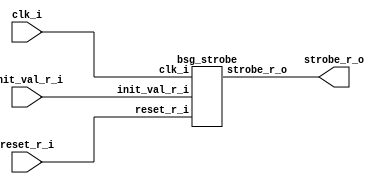
// This program was cloned from: https://github.com/chipsalliance/synlig
// License: Apache License 2.0



module top
(
  clk_i,
  reset_r_i,
  init_val_r_i,
  strobe_r_o
);

  input [15:0] init_val_r_i;
  input clk_i;
  input reset_r_i;
  output strobe_r_o;

  bsg_strobe
  wrapper
  (
    .init_val_r_i(init_val_r_i),
    .clk_i(clk_i),
    .reset_r_i(reset_r_i),
    .strobe_r_o(strobe_r_o)
  );


endmodule



module bsg_dff_width_p15_harden_p0_strength_p2
(
  clk_i,
  data_i,
  data_o
);

  input [14:0] data_i;
  output [14:0] data_o;
  input clk_i;
  wire [14:0] data_o;
  reg data_o_14_sv2v_reg,data_o_13_sv2v_reg,data_o_12_sv2v_reg,data_o_11_sv2v_reg,
  data_o_10_sv2v_reg,data_o_9_sv2v_reg,data_o_8_sv2v_reg,data_o_7_sv2v_reg,
  data_o_6_sv2v_reg,data_o_5_sv2v_reg,data_o_4_sv2v_reg,data_o_3_sv2v_reg,data_o_2_sv2v_reg,
  data_o_1_sv2v_reg,data_o_0_sv2v_reg;
  assign data_o[14] = data_o_14_sv2v_reg;
  assign data_o[13] = data_o_13_sv2v_reg;
  assign data_o[12] = data_o_12_sv2v_reg;
  assign data_o[11] = data_o_11_sv2v_reg;
  assign data_o[10] = data_o_10_sv2v_reg;
  assign data_o[9] = data_o_9_sv2v_reg;
  assign data_o[8] = data_o_8_sv2v_reg;
  assign data_o[7] = data_o_7_sv2v_reg;
  assign data_o[6] = data_o_6_sv2v_reg;
  assign data_o[5] = data_o_5_sv2v_reg;
  assign data_o[4] = data_o_4_sv2v_reg;
  assign data_o[3] = data_o_3_sv2v_reg;
  assign data_o[2] = data_o_2_sv2v_reg;
  assign data_o[1] = data_o_1_sv2v_reg;
  assign data_o[0] = data_o_0_sv2v_reg;

  always @(posedge clk_i) begin
    if(1'b1) begin
      data_o_14_sv2v_reg <= data_i[14];
      data_o_13_sv2v_reg <= data_i[13];
      data_o_12_sv2v_reg <= data_i[12];
      data_o_11_sv2v_reg <= data_i[11];
      data_o_10_sv2v_reg <= data_i[10];
      data_o_9_sv2v_reg <= data_i[9];
      data_o_8_sv2v_reg <= data_i[8];
      data_o_7_sv2v_reg <= data_i[7];
      data_o_6_sv2v_reg <= data_i[6];
      data_o_5_sv2v_reg <= data_i[5];
      data_o_4_sv2v_reg <= data_i[4];
      data_o_3_sv2v_reg <= data_i[3];
      data_o_2_sv2v_reg <= data_i[2];
      data_o_1_sv2v_reg <= data_i[1];
      data_o_0_sv2v_reg <= data_i[0];
    end 
  end


endmodule



module bsg_xnor_width_p16_harden_p1
(
  a_i,
  b_i,
  o
);

  input [15:0] a_i;
  input [15:0] b_i;
  output [15:0] o;
  wire [15:0] o;
  wire N0,N1,N2,N3,N4,N5,N6,N7,N8,N9,N10,N11,N12,N13,N14,N15;
  assign o[15] = ~N0;
  assign N0 = a_i[15] ^ b_i[15];
  assign o[14] = ~N1;
  assign N1 = a_i[14] ^ b_i[14];
  assign o[13] = ~N2;
  assign N2 = a_i[13] ^ b_i[13];
  assign o[12] = ~N3;
  assign N3 = a_i[12] ^ b_i[12];
  assign o[11] = ~N4;
  assign N4 = a_i[11] ^ b_i[11];
  assign o[10] = ~N5;
  assign N5 = a_i[10] ^ b_i[10];
  assign o[9] = ~N6;
  assign N6 = a_i[9] ^ b_i[9];
  assign o[8] = ~N7;
  assign N7 = a_i[8] ^ b_i[8];
  assign o[7] = ~N8;
  assign N8 = a_i[7] ^ b_i[7];
  assign o[6] = ~N9;
  assign N9 = a_i[6] ^ b_i[6];
  assign o[5] = ~N10;
  assign N10 = a_i[5] ^ b_i[5];
  assign o[4] = ~N11;
  assign N11 = a_i[4] ^ b_i[4];
  assign o[3] = ~N12;
  assign N12 = a_i[3] ^ b_i[3];
  assign o[2] = ~N13;
  assign N13 = a_i[2] ^ b_i[2];
  assign o[1] = ~N14;
  assign N14 = a_i[1] ^ b_i[1];
  assign o[0] = ~N15;
  assign N15 = a_i[0] ^ b_i[0];

endmodule



module bsg_muxi2_gatestack_width_p16_harden_p1
(
  i0,
  i1,
  i2,
  o
);

  input [15:0] i0;
  input [15:0] i1;
  input [15:0] i2;
  output [15:0] o;
  wire [15:0] o;
  wire N0,N1,N2,N3,N4,N5,N6,N7,N8,N9,N10,N11,N12,N13,N14,N15,N16,N17,N18,N19,N20,N21,
  N22,N23,N24,N25,N26,N27,N28,N29,N30,N31,N32,N33,N34,N35,N36,N37,N38,N39,N40,N41,
  N42,N43,N44,N45,N46,N47;
  assign N17 = (N0)? i1[0] : 
               (N16)? i0[0] : 1'b0;
  assign N0 = i2[0];
  assign N19 = (N1)? i1[1] : 
               (N18)? i0[1] : 1'b0;
  assign N1 = i2[1];
  assign N21 = (N2)? i1[2] : 
               (N20)? i0[2] : 1'b0;
  assign N2 = i2[2];
  assign N23 = (N3)? i1[3] : 
               (N22)? i0[3] : 1'b0;
  assign N3 = i2[3];
  assign N25 = (N4)? i1[4] : 
               (N24)? i0[4] : 1'b0;
  assign N4 = i2[4];
  assign N27 = (N5)? i1[5] : 
               (N26)? i0[5] : 1'b0;
  assign N5 = i2[5];
  assign N29 = (N6)? i1[6] : 
               (N28)? i0[6] : 1'b0;
  assign N6 = i2[6];
  assign N31 = (N7)? i1[7] : 
               (N30)? i0[7] : 1'b0;
  assign N7 = i2[7];
  assign N33 = (N8)? i1[8] : 
               (N32)? i0[8] : 1'b0;
  assign N8 = i2[8];
  assign N35 = (N9)? i1[9] : 
               (N34)? i0[9] : 1'b0;
  assign N9 = i2[9];
  assign N37 = (N10)? i1[10] : 
               (N36)? i0[10] : 1'b0;
  assign N10 = i2[10];
  assign N39 = (N11)? i1[11] : 
               (N38)? i0[11] : 1'b0;
  assign N11 = i2[11];
  assign N41 = (N12)? i1[12] : 
               (N40)? i0[12] : 1'b0;
  assign N12 = i2[12];
  assign N43 = (N13)? i1[13] : 
               (N42)? i0[13] : 1'b0;
  assign N13 = i2[13];
  assign N45 = (N14)? i1[14] : 
               (N44)? i0[14] : 1'b0;
  assign N14 = i2[14];
  assign N47 = (N15)? i1[15] : 
               (N46)? i0[15] : 1'b0;
  assign N15 = i2[15];
  assign N16 = ~i2[0];
  assign o[0] = ~N17;
  assign N18 = ~i2[1];
  assign o[1] = ~N19;
  assign N20 = ~i2[2];
  assign o[2] = ~N21;
  assign N22 = ~i2[3];
  assign o[3] = ~N23;
  assign N24 = ~i2[4];
  assign o[4] = ~N25;
  assign N26 = ~i2[5];
  assign o[5] = ~N27;
  assign N28 = ~i2[6];
  assign o[6] = ~N29;
  assign N30 = ~i2[7];
  assign o[7] = ~N31;
  assign N32 = ~i2[8];
  assign o[8] = ~N33;
  assign N34 = ~i2[9];
  assign o[9] = ~N35;
  assign N36 = ~i2[10];
  assign o[10] = ~N37;
  assign N38 = ~i2[11];
  assign o[11] = ~N39;
  assign N40 = ~i2[12];
  assign o[12] = ~N41;
  assign N42 = ~i2[13];
  assign o[13] = ~N43;
  assign N44 = ~i2[14];
  assign o[14] = ~N45;
  assign N46 = ~i2[15];
  assign o[15] = ~N47;

endmodule



module bsg_dff_width_p16_harden_p0_strength_p4
(
  clk_i,
  data_i,
  data_o
);

  input [15:0] data_i;
  output [15:0] data_o;
  input clk_i;
  wire [15:0] data_o;
  reg data_o_15_sv2v_reg,data_o_14_sv2v_reg,data_o_13_sv2v_reg,data_o_12_sv2v_reg,
  data_o_11_sv2v_reg,data_o_10_sv2v_reg,data_o_9_sv2v_reg,data_o_8_sv2v_reg,
  data_o_7_sv2v_reg,data_o_6_sv2v_reg,data_o_5_sv2v_reg,data_o_4_sv2v_reg,data_o_3_sv2v_reg,
  data_o_2_sv2v_reg,data_o_1_sv2v_reg,data_o_0_sv2v_reg;
  assign data_o[15] = data_o_15_sv2v_reg;
  assign data_o[14] = data_o_14_sv2v_reg;
  assign data_o[13] = data_o_13_sv2v_reg;
  assign data_o[12] = data_o_12_sv2v_reg;
  assign data_o[11] = data_o_11_sv2v_reg;
  assign data_o[10] = data_o_10_sv2v_reg;
  assign data_o[9] = data_o_9_sv2v_reg;
  assign data_o[8] = data_o_8_sv2v_reg;
  assign data_o[7] = data_o_7_sv2v_reg;
  assign data_o[6] = data_o_6_sv2v_reg;
  assign data_o[5] = data_o_5_sv2v_reg;
  assign data_o[4] = data_o_4_sv2v_reg;
  assign data_o[3] = data_o_3_sv2v_reg;
  assign data_o[2] = data_o_2_sv2v_reg;
  assign data_o[1] = data_o_1_sv2v_reg;
  assign data_o[0] = data_o_0_sv2v_reg;

  always @(posedge clk_i) begin
    if(1'b1) begin
      data_o_15_sv2v_reg <= data_i[15];
      data_o_14_sv2v_reg <= data_i[14];
      data_o_13_sv2v_reg <= data_i[13];
      data_o_12_sv2v_reg <= data_i[12];
      data_o_11_sv2v_reg <= data_i[11];
      data_o_10_sv2v_reg <= data_i[10];
      data_o_9_sv2v_reg <= data_i[9];
      data_o_8_sv2v_reg <= data_i[8];
      data_o_7_sv2v_reg <= data_i[7];
      data_o_6_sv2v_reg <= data_i[6];
      data_o_5_sv2v_reg <= data_i[5];
      data_o_4_sv2v_reg <= data_i[4];
      data_o_3_sv2v_reg <= data_i[3];
      data_o_2_sv2v_reg <= data_i[2];
      data_o_1_sv2v_reg <= data_i[1];
      data_o_0_sv2v_reg <= data_i[0];
    end 
  end


endmodule



module bsg_nand_width_p16_harden_p1
(
  a_i,
  b_i,
  o
);

  input [15:0] a_i;
  input [15:0] b_i;
  output [15:0] o;
  wire [15:0] o;
  wire N0,N1,N2,N3,N4,N5,N6,N7,N8,N9,N10,N11,N12,N13,N14,N15;
  assign o[15] = ~N0;
  assign N0 = a_i[15] & b_i[15];
  assign o[14] = ~N1;
  assign N1 = a_i[14] & b_i[14];
  assign o[13] = ~N2;
  assign N2 = a_i[13] & b_i[13];
  assign o[12] = ~N3;
  assign N3 = a_i[12] & b_i[12];
  assign o[11] = ~N4;
  assign N4 = a_i[11] & b_i[11];
  assign o[10] = ~N5;
  assign N5 = a_i[10] & b_i[10];
  assign o[9] = ~N6;
  assign N6 = a_i[9] & b_i[9];
  assign o[8] = ~N7;
  assign N7 = a_i[8] & b_i[8];
  assign o[7] = ~N8;
  assign N8 = a_i[7] & b_i[7];
  assign o[6] = ~N9;
  assign N9 = a_i[6] & b_i[6];
  assign o[5] = ~N10;
  assign N10 = a_i[5] & b_i[5];
  assign o[4] = ~N11;
  assign N11 = a_i[4] & b_i[4];
  assign o[3] = ~N12;
  assign N12 = a_i[3] & b_i[3];
  assign o[2] = ~N13;
  assign N13 = a_i[2] & b_i[2];
  assign o[1] = ~N14;
  assign N14 = a_i[1] & b_i[1];
  assign o[0] = ~N15;
  assign N15 = a_i[0] & b_i[0];

endmodule



module bsg_nor3_width_p15_harden_p1
(
  a_i,
  b_i,
  c_i,
  o
);

  input [14:0] a_i;
  input [14:0] b_i;
  input [14:0] c_i;
  output [14:0] o;
  wire [14:0] o;
  wire N0,N1,N2,N3,N4,N5,N6,N7,N8,N9,N10,N11,N12,N13,N14,N15,N16,N17,N18,N19,N20,N21,
  N22,N23,N24,N25,N26,N27,N28,N29;
  assign o[14] = ~N1;
  assign N1 = N0 | c_i[14];
  assign N0 = a_i[14] | b_i[14];
  assign o[13] = ~N3;
  assign N3 = N2 | c_i[13];
  assign N2 = a_i[13] | b_i[13];
  assign o[12] = ~N5;
  assign N5 = N4 | c_i[12];
  assign N4 = a_i[12] | b_i[12];
  assign o[11] = ~N7;
  assign N7 = N6 | c_i[11];
  assign N6 = a_i[11] | b_i[11];
  assign o[10] = ~N9;
  assign N9 = N8 | c_i[10];
  assign N8 = a_i[10] | b_i[10];
  assign o[9] = ~N11;
  assign N11 = N10 | c_i[9];
  assign N10 = a_i[9] | b_i[9];
  assign o[8] = ~N13;
  assign N13 = N12 | c_i[8];
  assign N12 = a_i[8] | b_i[8];
  assign o[7] = ~N15;
  assign N15 = N14 | c_i[7];
  assign N14 = a_i[7] | b_i[7];
  assign o[6] = ~N17;
  assign N17 = N16 | c_i[6];
  assign N16 = a_i[6] | b_i[6];
  assign o[5] = ~N19;
  assign N19 = N18 | c_i[5];
  assign N18 = a_i[5] | b_i[5];
  assign o[4] = ~N21;
  assign N21 = N20 | c_i[4];
  assign N20 = a_i[4] | b_i[4];
  assign o[3] = ~N23;
  assign N23 = N22 | c_i[3];
  assign N22 = a_i[3] | b_i[3];
  assign o[2] = ~N25;
  assign N25 = N24 | c_i[2];
  assign N24 = a_i[2] | b_i[2];
  assign o[1] = ~N27;
  assign N27 = N26 | c_i[1];
  assign N26 = a_i[1] | b_i[1];
  assign o[0] = ~N29;
  assign N29 = N28 | c_i[0];
  assign N28 = a_i[0] | b_i[0];

endmodule



module bsg_reduce_width_p16_and_p1_harden_p1
(
  i,
  o
);

  input [15:0] i;
  output o;
  wire o,N0,N1,N2,N3,N4,N5,N6,N7,N8,N9,N10,N11,N12,N13;
  assign o = N13 & i[0];
  assign N13 = N12 & i[1];
  assign N12 = N11 & i[2];
  assign N11 = N10 & i[3];
  assign N10 = N9 & i[4];
  assign N9 = N8 & i[5];
  assign N8 = N7 & i[6];
  assign N7 = N6 & i[7];
  assign N6 = N5 & i[8];
  assign N5 = N4 & i[9];
  assign N4 = N3 & i[10];
  assign N3 = N2 & i[11];
  assign N2 = N1 & i[12];
  assign N1 = N0 & i[13];
  assign N0 = i[15] & i[14];

endmodule



module bsg_buf_width_p1
(
  i,
  o
);

  input [0:0] i;
  output [0:0] o;
  wire [0:0] o;
  assign o[0] = i[0];

endmodule



module bsg_strobe
(
  clk_i,
  reset_r_i,
  init_val_r_i,
  strobe_r_o
);

  input [15:0] init_val_r_i;
  input clk_i;
  input reset_r_i;
  output strobe_r_o;
  wire strobe_r_o,strobe_n,new_val,strobe_n_buf;
  wire [14:0] C_n,C_r;
  wire [15:0] S_r,S_n,S_n_n,C_n_prereset;
  reg strobe_r_o_sv2v_reg;
  assign strobe_r_o = strobe_r_o_sv2v_reg;

  bsg_dff_width_p15_harden_p0_strength_p2
  C_reg
  (
    .clk_i(clk_i),
    .data_i(C_n),
    .data_o(C_r)
  );


  bsg_xnor_width_p16_harden_p1
  xnor_S_n
  (
    .a_i(S_r),
    .b_i({ C_r, 1'b1 }),
    .o(S_n)
  );


  bsg_muxi2_gatestack_width_p16_harden_p1
  muxi2_S_n
  (
    .i0(S_n),
    .i1(init_val_r_i),
    .i2({ new_val, new_val, new_val, new_val, new_val, new_val, new_val, new_val, new_val, new_val, new_val, new_val, new_val, new_val, new_val, new_val }),
    .o(S_n_n)
  );


  bsg_dff_width_p16_harden_p0_strength_p4
  S_reg
  (
    .clk_i(clk_i),
    .data_i(S_n_n),
    .data_o(S_r)
  );


  bsg_nand_width_p16_harden_p1
  nand_C_n
  (
    .a_i(S_r),
    .b_i({ C_r, 1'b1 }),
    .o(C_n_prereset)
  );


  bsg_nor3_width_p15_harden_p1
  nor3_C_n
  (
    .a_i({ strobe_n_buf, strobe_n_buf, strobe_n_buf, strobe_n_buf, strobe_n_buf, strobe_n_buf, strobe_n_buf, strobe_n_buf, strobe_n_buf, strobe_n_buf, strobe_n_buf, strobe_n_buf, strobe_n_buf, strobe_n_buf, strobe_n_buf }),
    .b_i(C_n_prereset[14:0]),
    .c_i({ reset_r_i, reset_r_i, reset_r_i, reset_r_i, reset_r_i, reset_r_i, reset_r_i, reset_r_i, reset_r_i, reset_r_i, reset_r_i, reset_r_i, reset_r_i, reset_r_i, reset_r_i }),
    .o(C_n)
  );


  bsg_reduce_width_p16_and_p1_harden_p1
  andr
  (
    .i(S_r),
    .o(strobe_n)
  );


  bsg_buf_width_p1
  strobe_buf_gate
  (
    .i(strobe_n),
    .o(strobe_n_buf)
  );

  assign new_val = reset_r_i | strobe_n;

  always @(posedge clk_i) begin
    if(1'b1) begin
      strobe_r_o_sv2v_reg <= strobe_n_buf;
    end 
  end


endmodule